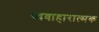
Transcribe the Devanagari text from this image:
व्यवाहारात्मक